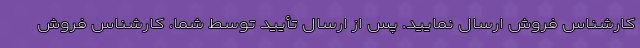
کارشناس فروش ارسال نمایید. پس از ارسال تأیید توسط شما، کارشناس فروش